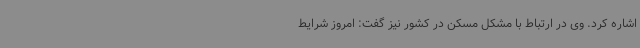
اشاره کرد. وی در ارتباط با مشکل مسکن در کشور نیز گفت: امروز شرایط